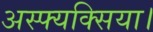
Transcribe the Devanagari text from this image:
अस्फ्यक्सिया।